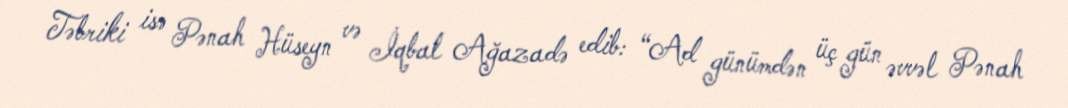
Təbriki isə Pənah Hüseyn və İqbal Ağazadə edib: “Ad günümdən üç gün əvvəl Pənah